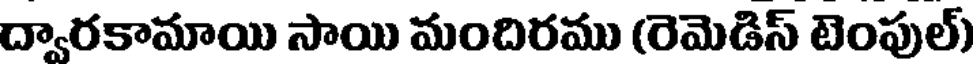
ద్వారకామాయి సాయి మందిరము (రెమెడిస్ టెంపుల్)